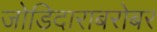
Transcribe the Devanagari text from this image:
जोडिदाराबरोबर